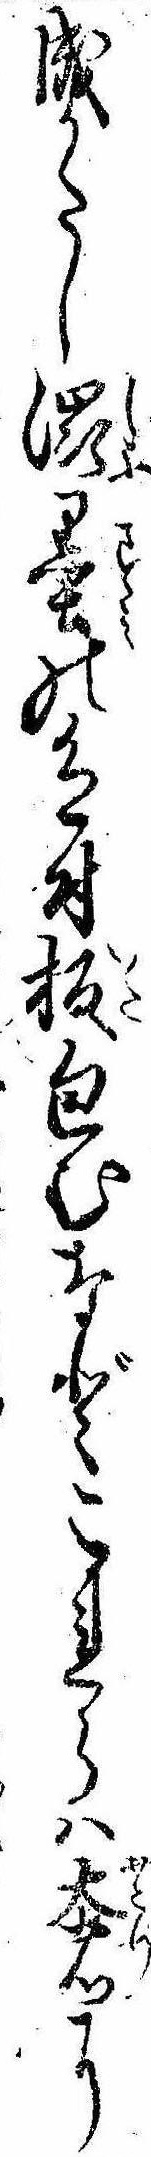
成かたし渋墨の色付板包むなどこれらは奢に